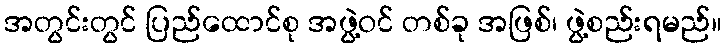
အတွင်းတွင် ပြည်ထောင်စု အဖွဲ့ဝင် တစ်ခု အဖြစ်၊ ဖွဲ့စည်းရမည်။